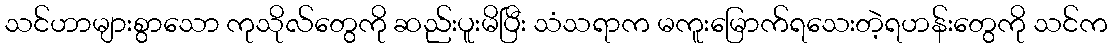
သင်ဟာများစွာသော ကုသိုလ်တွေကို ဆည်းပူးမိပြီး သံသရာက မကူးမြောက်ရသေးတဲ့ရဟန်းတွေကို သင်က